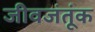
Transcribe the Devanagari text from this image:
जीवजंतूंक